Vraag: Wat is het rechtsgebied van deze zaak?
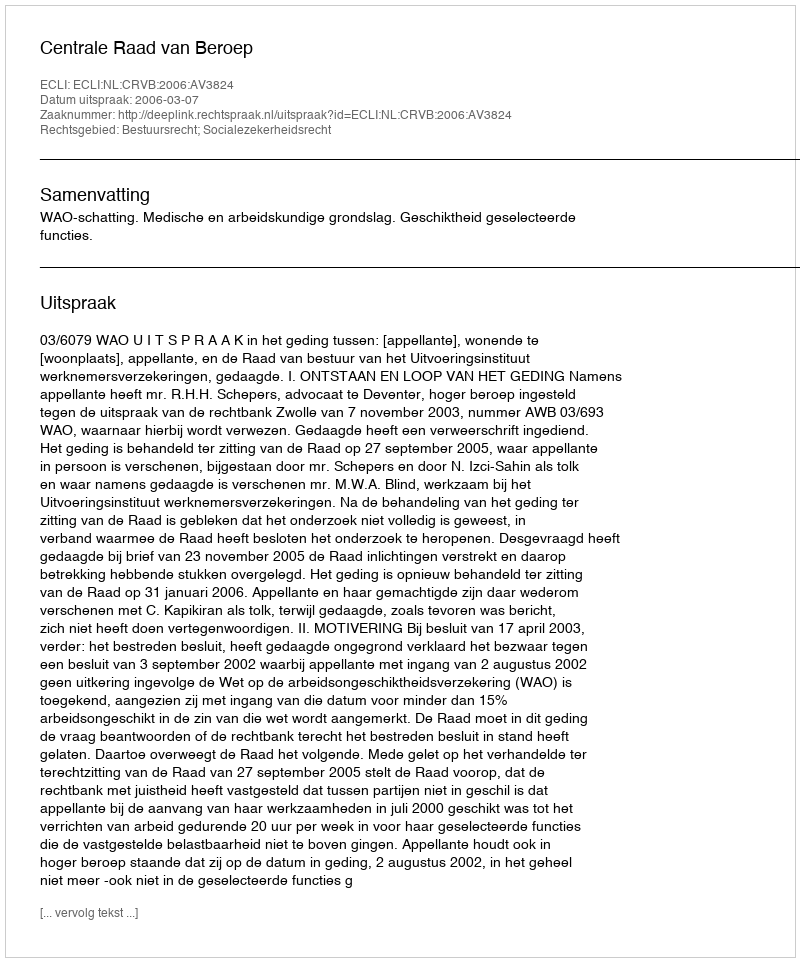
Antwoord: Bestuursrecht; Socialezekerheidsrecht